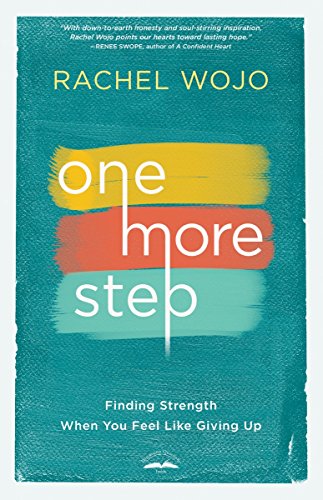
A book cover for One More Step: Finding Strength When You Feel Like Giving Up; Rachel Wojo; Christian Books & Bibles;